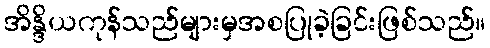
အိန္ဒိယကုန်သည်များမှအစပြုခဲ့ခြင်းဖြစ်သည်။